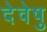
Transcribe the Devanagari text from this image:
देवेषु